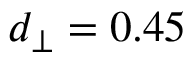
d _ { \perp } = 0 . 4 5